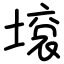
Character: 㙥